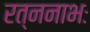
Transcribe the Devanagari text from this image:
रत्ननाभः